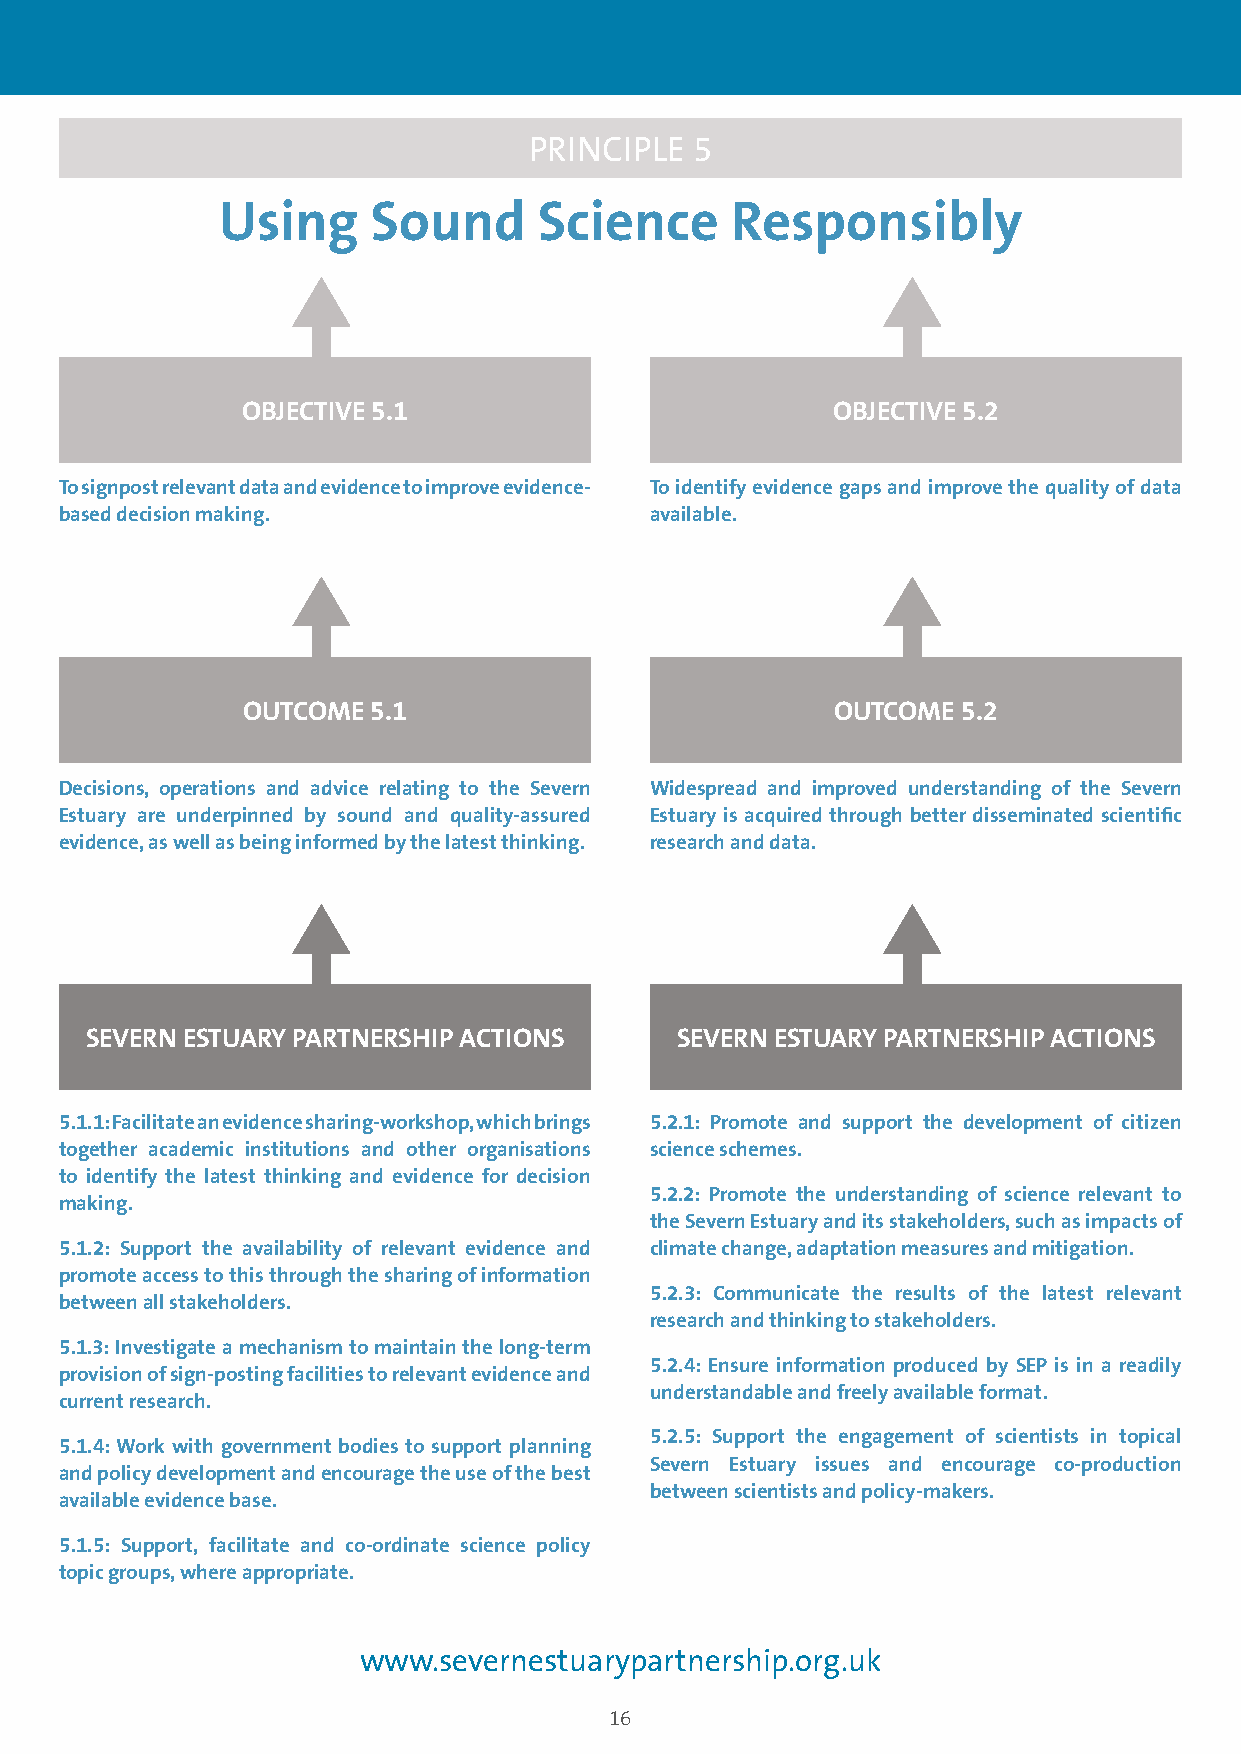
PRINCIPLE  5
 Using      Sound      Science     Responsibly
 OBJECTIVE 5.1                          OBJECTIVE 5.2
 To signpost relevant data and evidence to improve evidence- To identify evidence gaps and improve the quality of data
 based decision making.                 available.
 OUTCOME 5.1                            OUTCOME  5.2
 Decisions, operations and advice relating to the Severn Widespread and improved understanding of the Severn
 Estuary are underpinned by sound and quality-assured Estuary is acquired through better disseminated scientific
 evidence, as well as being informed by the latest thinking. research and data.
 SEVERN ESTUARY PARTNERSHIP ACTIONS     SEVERN ESTUARY PARTNERSHIP ACTIONS
 5.1.1: Facilitate an evidence sharing-workshop, which brings 5.2.1: Promote and support the development of citizen
 together academic institutions and other organisations science schemes.
 to identify the latest thinking and evidence for decision
 5.2.2: Promote the understanding of science relevant to
 making.
 the Severn Estuary and its stakeholders, such as impacts of
 5.1.2: Support the availability of relevant evidence and climate change, adaptation measures and mitigation.
 promote access to this through the sharing of information
 5.2.3: Communicate the results of the latest relevant
 between all stakeholders.
 research and thinking to stakeholders.
 5.1.3: Investigate a mechanism to maintain the long-term
 5.2.4: Ensure information produced by SEP is in a readily
 provision of sign-posting facilities to relevant evidence and
 understandable and freely available format.
 current research.
 5.2.5: Support the engagement of scientists in topical
 5.1.4: Work with government bodies to support planning
 Severn Estuary issues and encourage co-production
 and policy development and encourage the use of the best
 between scientists and policy-makers.
 available evidence base.
 5.1.5: Support, facilitate and co-ordinate science policy
 topic groups, where appropriate.
 www.severnestuarypartnership.org.uk
 16